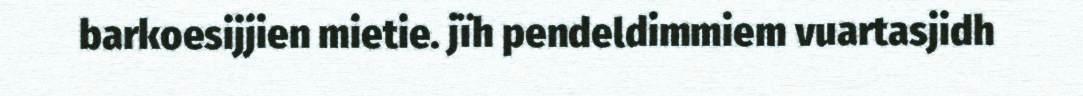
barkoesijjien mietie. jïh pendeldimmiem vuartasjidh